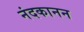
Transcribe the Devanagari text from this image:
नंदकानन